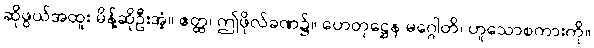
ဆိုဖွယ်အထူး မိန့်ဆိုဦးအံ့။ ဧတ္ထ၊ ဤဖိုလ်ခဏ၌။ ဟေတုဋ္ဌေန မဂ္ဂေါတိ၊ ဟူသောစကားကို။